Scientific memoirs by medical officers of the Army of India - Part IV,
Year: 1889
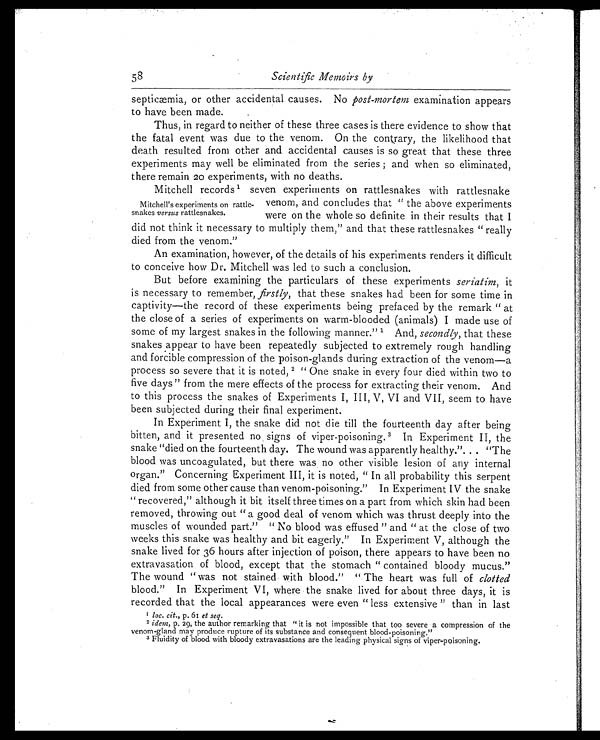
Scientific Memoirs by
septicæmia, or other accidental causes. No post-mortem examination appears
to have been made.
Thus, in regard to neither of these three cases is there evidence to show that
the fatal event was due to the venom. On the contrary, the likelihood that
death resulted from other and accidental causes is so great that these three
experiments may well be eliminated from the series; and when so eliminated,
there remain 20 experiments, with no deaths.
Mitchell records 1 seven experiments on rattlesnakes with rattlesnake
venom, and concludes that "the above experiments
were on the whole so definite in their results that I
did not think it necessary to multiply them," and that these rattlesnakes "really
died from the venom."
An examination, however, of the details of his experiments renders it difficult
to conceive how Dr. Mitchell was led to such a conclusion.
But before examining the particulars of these experiments seriatim, it
is necessary to remember, firstly, that these snakes had been for some time in
captivity—the record of these experiments being prefaced by the remark "at
the close of a series of experiments on warm-blooded (animals) I made use of
some of my largest snakes in the following manner."1 And, secondly, that these
snakes appear to have been repeatedly subjected to extremely rough handling
and forcible compression of the poison-glands during extraction of the venom—a
process so severe that it is noted, 2 "One snake in every four died within two to
five days" from the mere effects of the process for extracting their venom. And
to this process the snakes of Experiments I, III, V, VI and VII, seem to have
been subjected during their final experiment.
In Experiment I, the snake did not die till the fourteenth day after being
bitten, and it presented no signs of viper-poisoning. 3 In Experiment II, the
snake "died on the fourteenth day. The wound was apparently healthy.". . . "The
blood was uncoagulated, but there was no other visible lesion of any internal
organ." Concerning Experiment III, it is noted, "In all probability this serpent
died from some other cause than venom-poisoning." In Experiment IV the snake
"recovered," although it bit itself three times on a part from which skin had been
removed, throwing out "a good deal of venom which was thrust deeply into the
muscles of wounded part." "No blood was effused" and "at the close of two
weeks this snake was healthy and bit eagerly." In Experiment V, although the
snake lived for 36 hours after injection of poison, there appears to have been no
extravasation of blood, except that the stomach "contained bloody mucus."
The wound "was not stained with blood." "The heart was full of clotted
blood." In Experiment VI, where the snake lived for about three days, it is
recorded that the local appearances were even "less extensive" than in last
1 l o c . c i t . ,
p . 6 1
e t s e q .
2 idem, p. 29, the author remarking that "it is not impossible that too severe a compression of the
venom-gland may produce rupture of its substance and consequent blood-poisoning."
3 Fluidity of blood with bloody extravasations are the leading physical signs of viper-poisoning.
Mitchell's experiments on rattle
-snakes versus rattlesnakes.